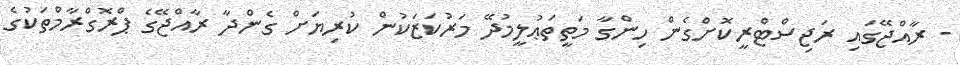
- ރާއްޖޭގައި ރަޖިސްޓްރީކޮށްގެން ހިންގާ މަތީތަޢުލީމުދޭ މަރުކަޒަކުން ކުރިޔަށް ގެންދާ ރާއްޖޭގެ ޕްރޮގްރާމްތަކުގެ